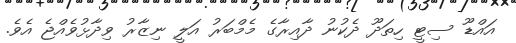
އައްޑޫ ސިޓީ ހިތަދޫ ދެކުނު ދާއިރާގެ މެމްބަރު އަލީ ނިޒާރު ވިދާޅުވެއްޖެ އެވެ.